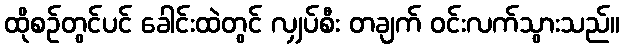
ထိုစဉ်တွင်ပင် ခေါင်းထဲတွင် လျှပ်စီး တချက် ဝင်းလက်သွားသည်။